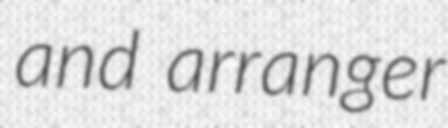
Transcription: and arranger